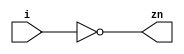
module inv (/*AUTOARG*/
   // Outputs
   zn,
   // Inputs
   i
   );
  parameter DELAY = 1;

  input i;
  output zn;

  assign #DELAY zn = !i;

endmodule // inv

module buff (/*AUTOARG*/
   // Outputs
   z,
   // Inputs
   i
   );
  parameter DELAY = 1;

  input i;
  output z;

  assign #DELAY z = i;

endmodule // buff



module and2 (/*AUTOARG*/
   // Outputs
   z,
   // Inputs
   a, b
   );

  parameter DELAY = 1;
  input a,b;
  output z;

  assign #DELAY z= a & b;

endmodule // and2


module nand2 (/*AUTOARG*/
   // Outputs
   zn,
   // Inputs
   a, b
   );

   parameter DELAY = 1;
   input a,b;
   output zn;

   assign #DELAY zn= !(a & b);

endmodule // nand2



module and3 (/*AUTOARG*/
   // Outputs
   z,
   // Inputs
   a, b, c
   );

  parameter DELAY = 1;
  input a,b,c;
  output z;

  assign #DELAY z= a & b & c;

endmodule // and3

module nand3 (/*AUTOARG*/
   // Outputs
   zn,
   // Inputs
   a, b, c
   );

   parameter DELAY = 1;
   input a,b,c;
   output zn;

   assign #DELAY zn= !(a & b & c);

endmodule // nand3



module nand4 (/*AUTOARG*/
   // Outputs
   zn,
   // Inputs
   a, b, c, d
   );

   parameter DELAY = 1;
   input a,b,c,d;
   output zn;

   assign #DELAY zn= !(a & b & c & d);

endmodule // nand4






module or2 (/*AUTOARG*/
   // Outputs
   z,
   // Inputs
   a, b
   );

  parameter DELAY = 1;
  input a,b;
  output z;

  assign #DELAY z = a | b;

endmodule // or2


module xor2 (/*AUTOARG*/
   // Outputs
   z,
   // Inputs
   a, b
   );

   parameter DELAY = 1;
   input a,b;
   output z;

   assign #DELAY z = a ^ b;

endmodule // xor2



module rs_ff (/*AUTOARG*/
   // Outputs
   q, qn,
   // Inputs
   set, reset, async_rst_neg
   );

  parameter DELAY = 1;

  input set;
  input reset;
  input async_rst_neg;
  output q;
  output qn;

  /*AUTOINPUT*/
  /*AUTOOUTPUT*/

  /*AUTOREG*/
  /*AUTOWIRE*/

  wire                  set_i_n     = !(set & async_rst_neg);
  wire                  reset_i_n   = !(reset |  !async_rst_neg);
  reg                   q_i;
  wire                  q;

  always @(negedge reset_i_n or negedge set_i_n)
    if (!reset_i_n)
      q_i <= 0; // asynchronous reset
    else
      if (!set_i_n)
        q_i <= 1; // asynchronous set

  // synopsys translate_off
  always @(reset_i_n or set_i_n)
    if (reset_i_n && !set_i_n) force q_i = 1;
    else release q_i;
  // synopsys translate_on


  assign #DELAY q =   q_i;
  assign #DELAY qn =  !q_i;

endmodule // rs_ff


module mux2 (/*AUTOARG*/
   // Outputs
   z,
   // Inputs
   a0, a1, s
   );

  input a0;
  input a1;
  input s;
  output z;

  parameter DELAY = 1;

  assign #DELAY z = s ? a1 : a0;

  /*AUTOINPUT*/

  /*AUTOOUTPUT*/

  /*AUTOREG*/

  /*AUTOWIRE*/


endmodule // mux2

// RS latch with inverted inputs
module rs_latch_ii(/*AUTOARG*/
   // Outputs
   q, qn,
   // Inputs
   sn, rn, rstn
   );
   input sn;
   input rn;
   input rstn;
   output q;
   output qn;


   nand2 U_NAND2(.zn(q),.a(sn),.b(qn));
   nand3 U_NAND3(.zn(qn),.a(rn),.b(q),.c(rstn));



endmodule // rs_latch


module latch (/*AUTOARG*/
   // Outputs
   q,
   // Inputs
   en, i, rstn
   );
   input en;
   input i;
   input rstn;
   output q;
   reg    q;

   always @* begin
      if(rstn == 1'b0)
        q <= 0;
      else
        if(en)
          q <= i;

   end
endmodule // latch


module latches (/*AUTOARG*/
              // Outputs
              q,
              // Inputs
              en, i, rstn
              );
   parameter LATCH_BITS = 8;
   parameter RESET_VALUE = {LATCH_BITS{1'b0}};

   localparam LATCH_MSB= LATCH_BITS-1;

   input en;
   input [LATCH_MSB:0] i;
   input rstn;
   output [LATCH_MSB:0] q;
   reg    [LATCH_MSB:0] q;

   always @* begin
      if(rstn == 1'b0)
        q <= RESET_VALUE;
      else
        if(en)
          q <= i;

   end
endmodule // latch





/*
 Local Variables:
 verilog-library-directories:(
 "."
 )
 End:
 */




/*
 Local Variables:
 verilog-library-directories:(
 "."
 )
 End:
 */